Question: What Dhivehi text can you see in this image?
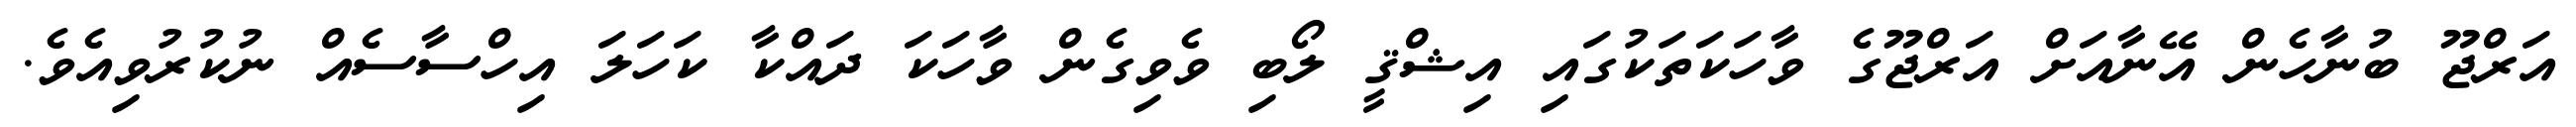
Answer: އަރްޖޫ ބުނާހެން އޭނާއަށް އަރްޖޫގެ ވާހަކަތަކުގައި އިޝްޤީ ލޯބި ވެވިގެން ވާހަކަ ދައްކާ ކަހަލަ އިހްސާސެއް ނުކުރުވިއެވެ.